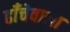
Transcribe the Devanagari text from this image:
ढाँचेवाला